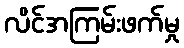
လိင်အကြမ်းဖက်မှု